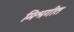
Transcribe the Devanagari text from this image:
मिश्रगीत